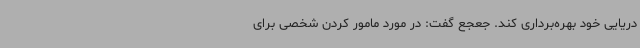
دریایی خود بهره‌برداری کند. جعجع گفت: در مورد مامور کردن شخصی برای